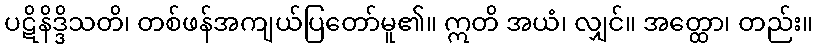
ပဋိနိဒ္ဒိသတိ၊ တစ်ဖန်အကျယ်ပြတော်မူ၏။ ဣတိ အယံ၊ လျှင်။ အတ္ထော၊ တည်း။